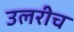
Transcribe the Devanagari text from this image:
उलरीच